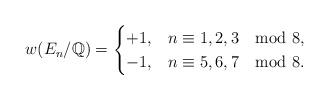
LaTeX: \begin{align*}w(E_{n}/\mathbb{Q})=\begin{cases}+1, & n\equiv1,2,3\mod8,\\-1, & n\equiv5,6,7\mod8.\end{cases}\end{align*}